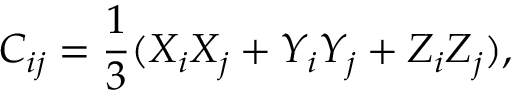
C _ { i j } = \frac { 1 } { 3 } ( X _ { i } X _ { j } + Y _ { i } Y _ { j } + Z _ { i } Z _ { j } ) ,